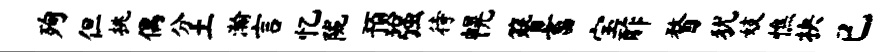
殉但挑偶分土瀚言忆陇预强待幌簪畜宝酢瞀犹妓憔抉已